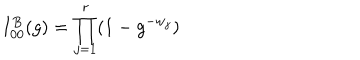
I _ { 0 0 } ^ { B } ( g ) = \prod _ { j = 1 } ^ { r } ( 1 - g ^ { - w _ { j } } )